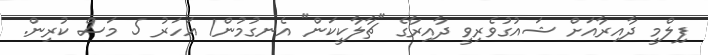
ފިލްމީ ދާއިރާއަށް ޝައުގުވެރިވީ ދާއިރާގެ "ޗާލާކީކަން" އެނގުމުން1 އަހަރު 5 މަސް ކުރިން.